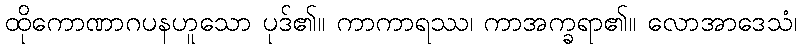
ထိုကောဏာဂပနဟူသော ပုဒ်၏။ ကာကာရဿ၊ ကာအက္ခရာ၏။ လောအာဒေသံ၊